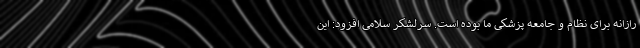
رازانه برای نظام و جامعه پزشکی ما بوده است. سرلشکر سلامی افزود: این